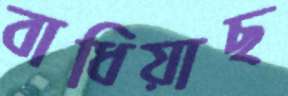
বাধিয়াছ